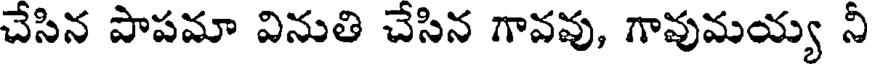
చేసిన పాపమా వినుతి చేసిన గావవు, గావుమయ్య నీ